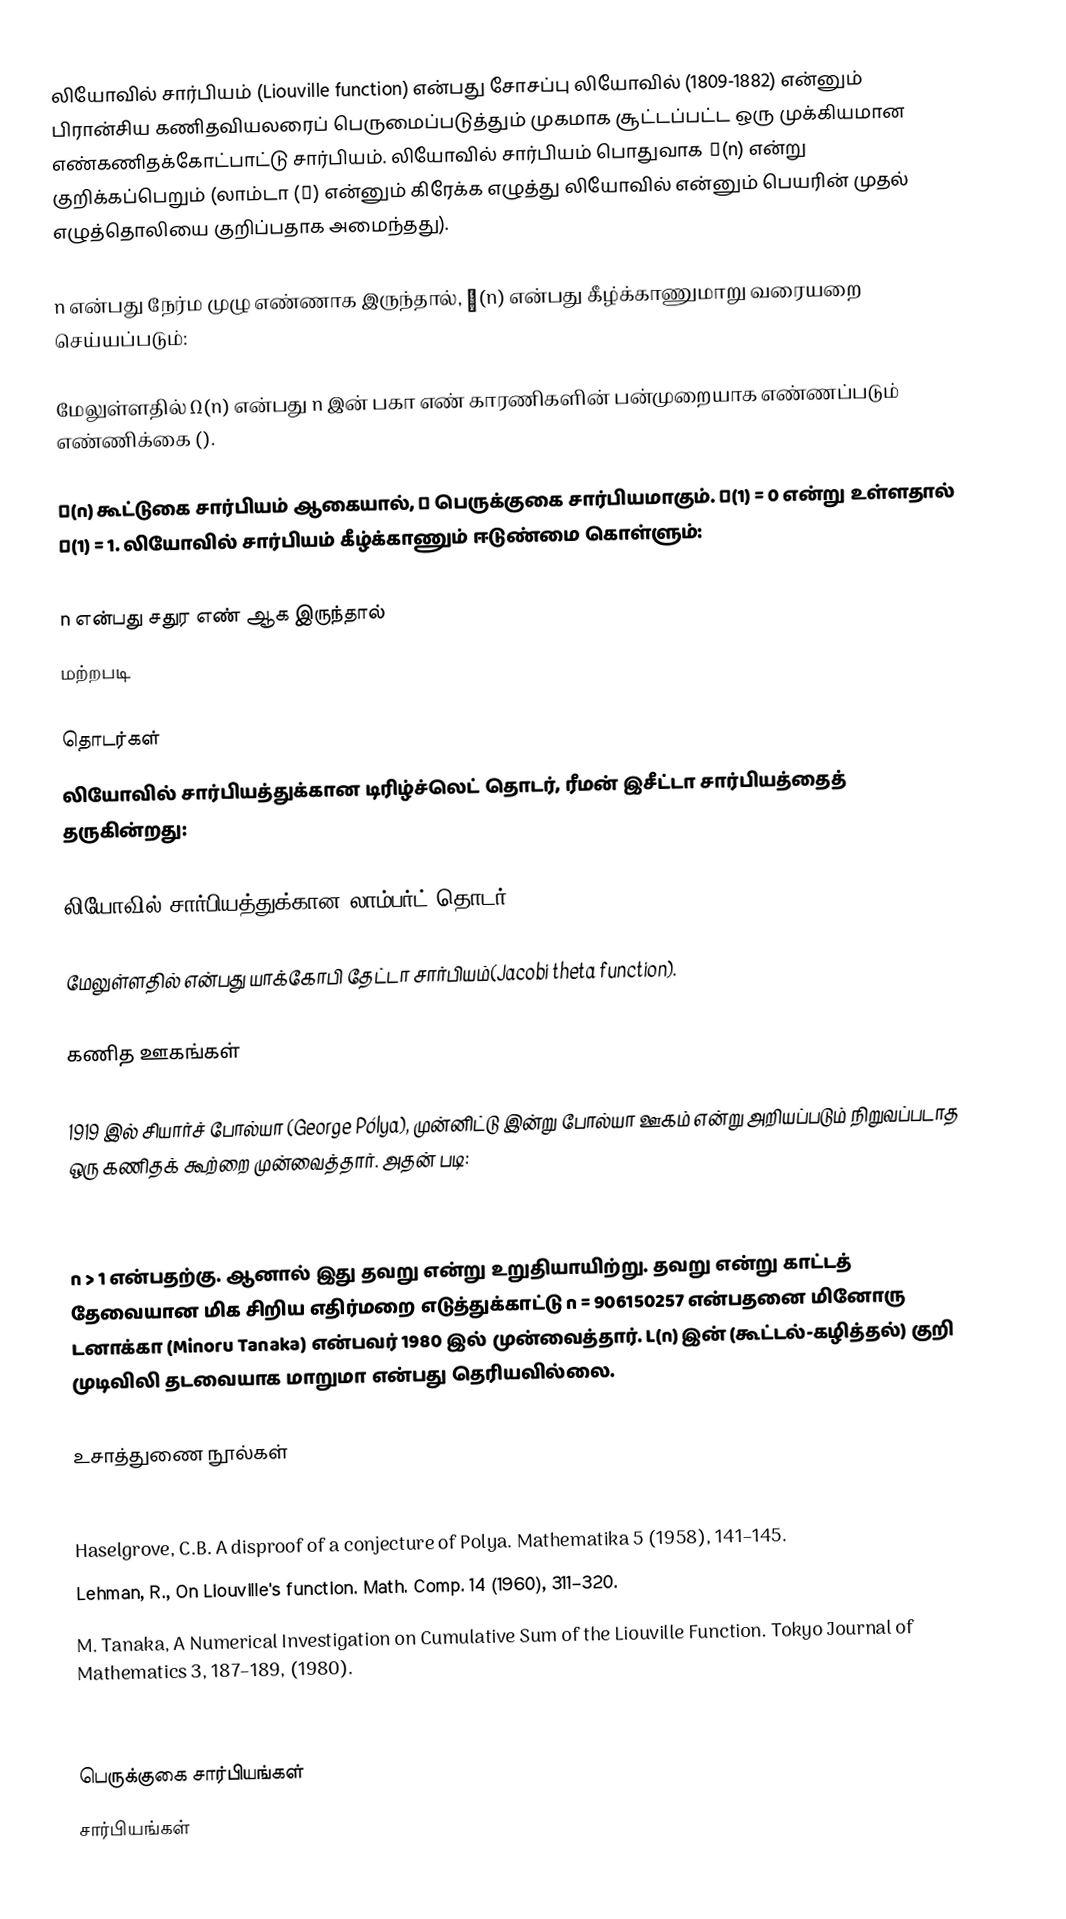
லியோவில் சார்பியம் (Liouville function) என்பது சோசப்பு லியோவில் (1809-1882) என்னும் பிரான்சிய கணிதவியலரைப் பெருமைப்படுத்தும் முகமாக சூட்டப்பட்ட ஒரு முக்கியமான எண்கணிதக்கோட்பாட்டு சார்பியம். லியோவில் சார்பியம் பொதுவாக λ(n) என்று குறிக்கப்பெறும் (லாம்டா (λ) என்னும் கிரேக்க எழுத்து லியோவில் என்னும் பெயரின் முதல் எழுத்தொலியை குறிப்பதாக அமைந்தது).

n என்பது நேர்ம முழு எண்ணாக இருந்தால், λ(n) என்பது கீழ்க்காணுமாறு வரையறை செய்யப்படும்:

மேலுள்ளதில்  Ω(n) என்பது n இன் பகா எண் காரணிகளின் பன்முறையாக எண்ணப்படும் எண்ணிக்கை ().

Ω(n) கூட்டுகை சார்பியம் ஆகையால், λ பெருக்குகை சார்பியமாகும். Ω(1) = 0 என்று உள்ளதால் λ(1) = 1. லியோவில் சார்பியம் கீழ்க்காணும் ஈடுண்மை கொள்ளும்:

 n என்பது சதுர எண் ஆக இருந்தால்
 மற்றபடி

தொடர்கள்
லியோவில் சார்பியத்துக்கான டிரிழ்ச்லெட் தொடர், ரீமன் இசீட்டா சார்பியத்தைத் தருகின்றது:

லியோவில் சார்பியத்துக்கான லாம்பர்ட் தொடர்:

மேலுள்ளதில்   என்பது யாக்கோபி தேட்டா சார்பியம்(Jacobi theta function).

கணித ஊகங்கள்

1919 இல் சியார்ச் போல்யா (George Pólya), முன்னிட்டு இன்று போல்யா ஊகம் என்று அறியப்படும் நிறுவப்படாத ஒரு கணிதக் கூற்றை முன்வைத்தார். அதன் படி:

n > 1 என்பதற்கு. ஆனால் இது தவறு என்று உறுதியாயிற்று. தவறு என்று காட்டத் தேவையான மிக சிறிய எதிர்மறை எடுத்துக்காட்டு n = 906150257 என்பதனை மினோரு டனாக்கா (Minoru Tanaka) என்பவர் 1980 இல் முன்வைத்தார். L(n) இன் (கூட்டல்-கழித்தல்) குறி முடிவிலி தடவையாக மாறுமா என்பது தெரியவில்லை.

உசாத்துணை நூல்கள்
 Polya, G., Verschiedene Bemerkungen zur Zahlentheorie. Jahresbericht der deutschen Math.-Vereinigung 28 (1919), 31–40.
 Haselgrove, C.B. A disproof of a conjecture of Polya. Mathematika 5 (1958), 141–145.
 Lehman, R., On Liouville's function. Math. Comp. 14 (1960), 311–320.
 M. Tanaka, A Numerical Investigation on Cumulative Sum of the Liouville Function. Tokyo Journal of Mathematics 3, 187–189, (1980).

பெருக்குகை சார்பியங்கள்
சார்பியங்கள்